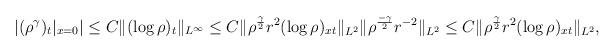
LaTeX: \begin{align*}\left|(\rho^\gamma)_t|_{x=0}\right|\leq C\|(\log\rho)_t\|_{L^\infty}\leq C\|\rho^\frac{\gamma}{2} r^2(\log\rho)_{xt}\|_{L^2}\|\rho^\frac{-\gamma}{2}r^{-2}\|_{L^2}\leq C\|\rho^\frac{\gamma}{2} r^2(\log\rho)_{xt}\|_{L^2},\end{align*}